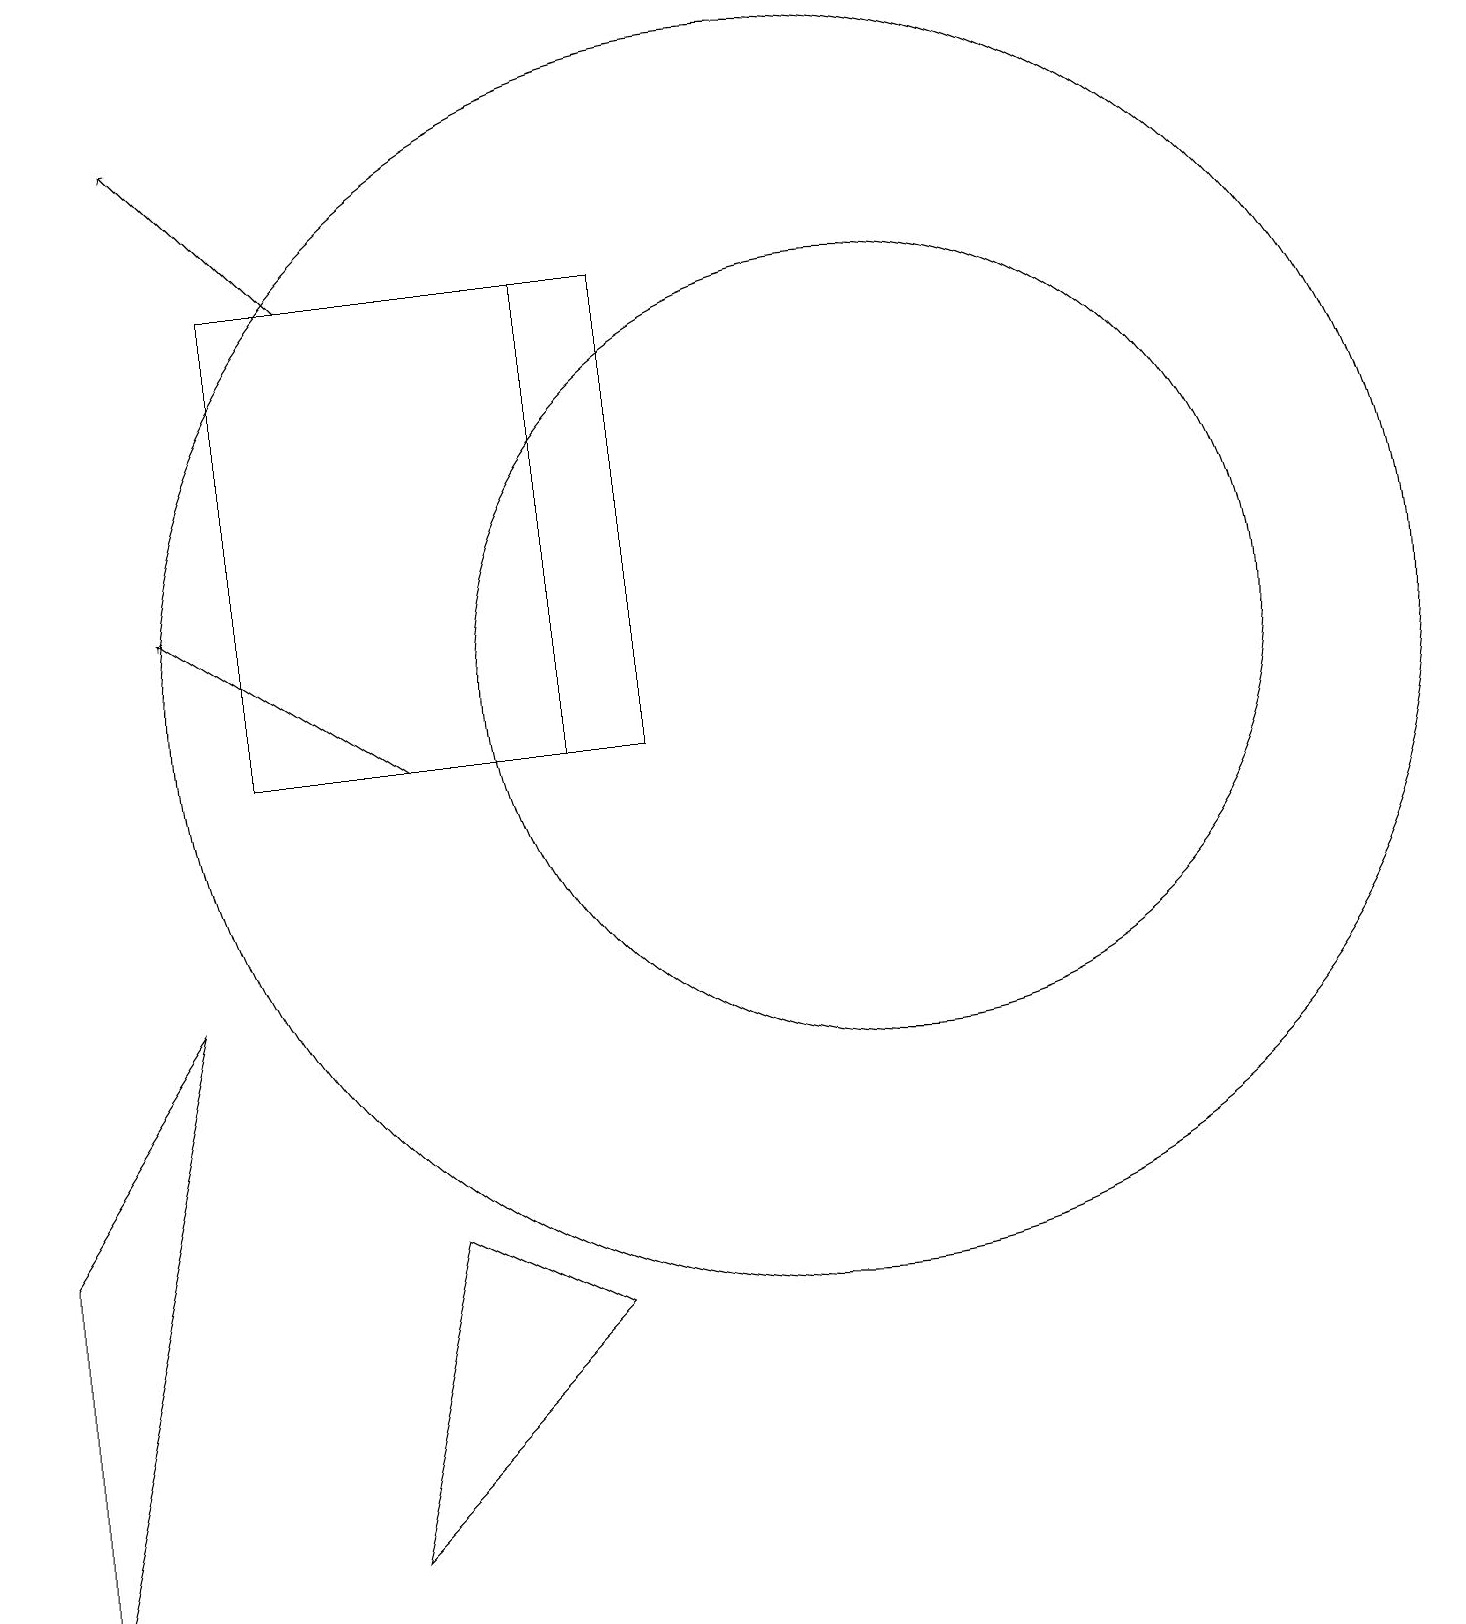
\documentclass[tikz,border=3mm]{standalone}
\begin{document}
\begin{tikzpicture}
\draw (5,5) -- (7,4) -- (4,1) -- cycle;
\draw (10,12) circle (8);
\draw (3,11) rectangle (7,17);
\draw[->] (5,11) -- (2,13);
\draw (0,5) -- (2,8) -- (0,0) -- cycle;
\draw (7,17) rectangle (8,11);
\draw[->] (4,17) -- (2,19);
\draw (11,12) circle (5);
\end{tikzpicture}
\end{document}